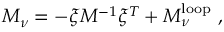
{ \cal M } _ { \nu } = - \xi M ^ { - 1 } \xi ^ { T } + { \cal M } _ { \nu } ^ { \mathrm { l o o p } } \ ,